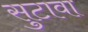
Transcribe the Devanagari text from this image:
सुटावा